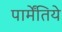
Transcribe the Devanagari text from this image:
पार्मेंतिये